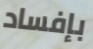
بإفساد